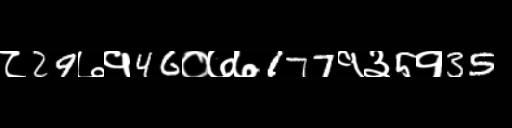
Text: ८29७१46०७७177१३5१35